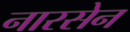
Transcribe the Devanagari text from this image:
नारसेन